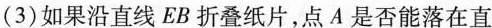
(3)如果沿直线EB折叠纸片，点A是否能落在直